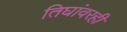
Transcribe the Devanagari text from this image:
तिघांवरही